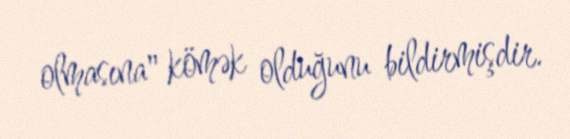
olmasına" kömək olduğunu bildirmişdir.